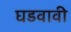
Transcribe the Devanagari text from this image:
घडवावी